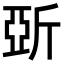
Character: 𣂪